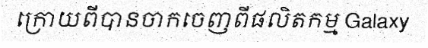
ក្រោយពីបានចាកចេញពីផលិតកម្ម Galaxy